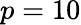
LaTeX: p=10